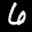
Label: 6